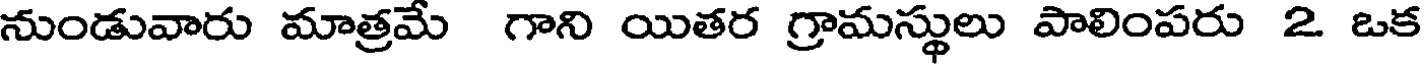
నుండువారు మాత్రమే గాని యితర గ్రామస్థులు పాలింపరు 2 ఒక